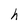
Character: h